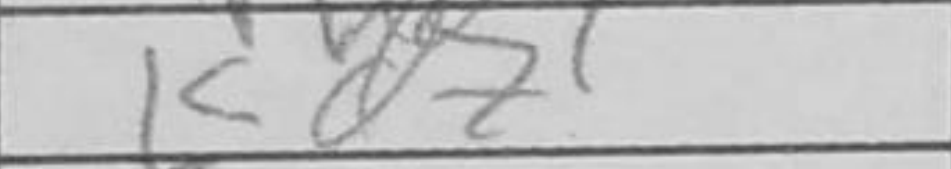
Transcription: Kd7